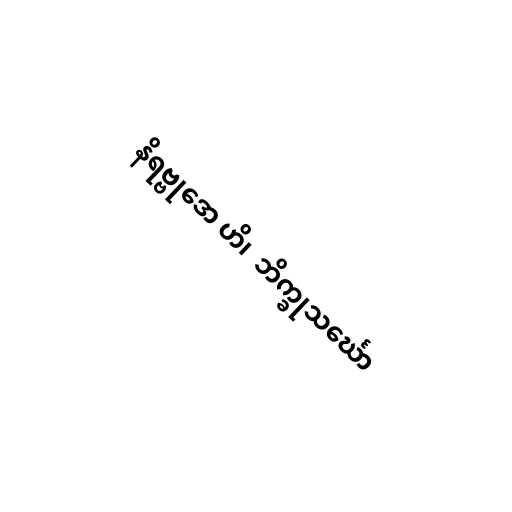
နိရဗ္ဗုဒော ဟိ၊  ဘိက္ခုသင်္ဃော